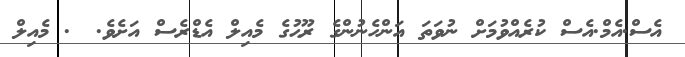
އެސް.އެމް.އެސް ކުރެއްވުމަށް ނުވަތަ އަންހެނުންގެ ރޫޙުގެ މެއިލް އެޑްރެސް އަށެވެ. @. މެއިލް